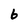
Character: 6